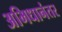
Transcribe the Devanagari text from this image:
अभिधानंतर